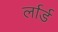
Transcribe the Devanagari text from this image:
र्लार्ड